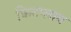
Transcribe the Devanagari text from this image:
किटप्लाय